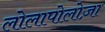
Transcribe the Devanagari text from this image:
लोलापोलोज़ा